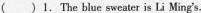
() 1. The bule swater is Li Ming's.